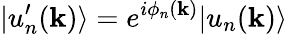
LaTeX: |u_{n}^{\prime}(\mathbf{k})\rangle=e^{i\phi_{n}(\mathbf{k})}|u_{n}(\mathbf{k})\rangle